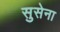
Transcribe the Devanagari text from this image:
सुसेना